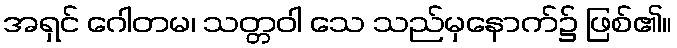
အရှင် ဂေါတမ၊ သတ္တဝါ သေ သည်မှနောက်၌ ဖြစ်၏။